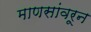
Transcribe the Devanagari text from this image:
माणसांवरून